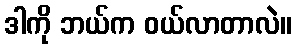
ဒါကို ဘယ်က ဝယ်လာတာလဲ။